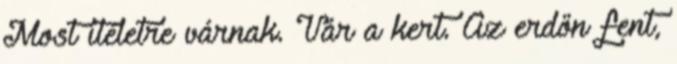
Most ítéletre várnak. Vár a kert. Az erdőn fent,